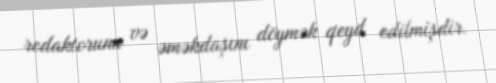
redaktorunu və əməkdaşını döymək qeyd edilmişdir.